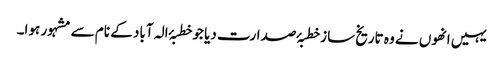
یہیں انھوں نے وہ تاریخ ساز خطبۂ صدارت دیا جو خطبۂ الہ آباد کے نام سے مشہور ہوا۔